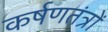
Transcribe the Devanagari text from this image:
कर्षणतंत्रों